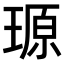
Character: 𪼆